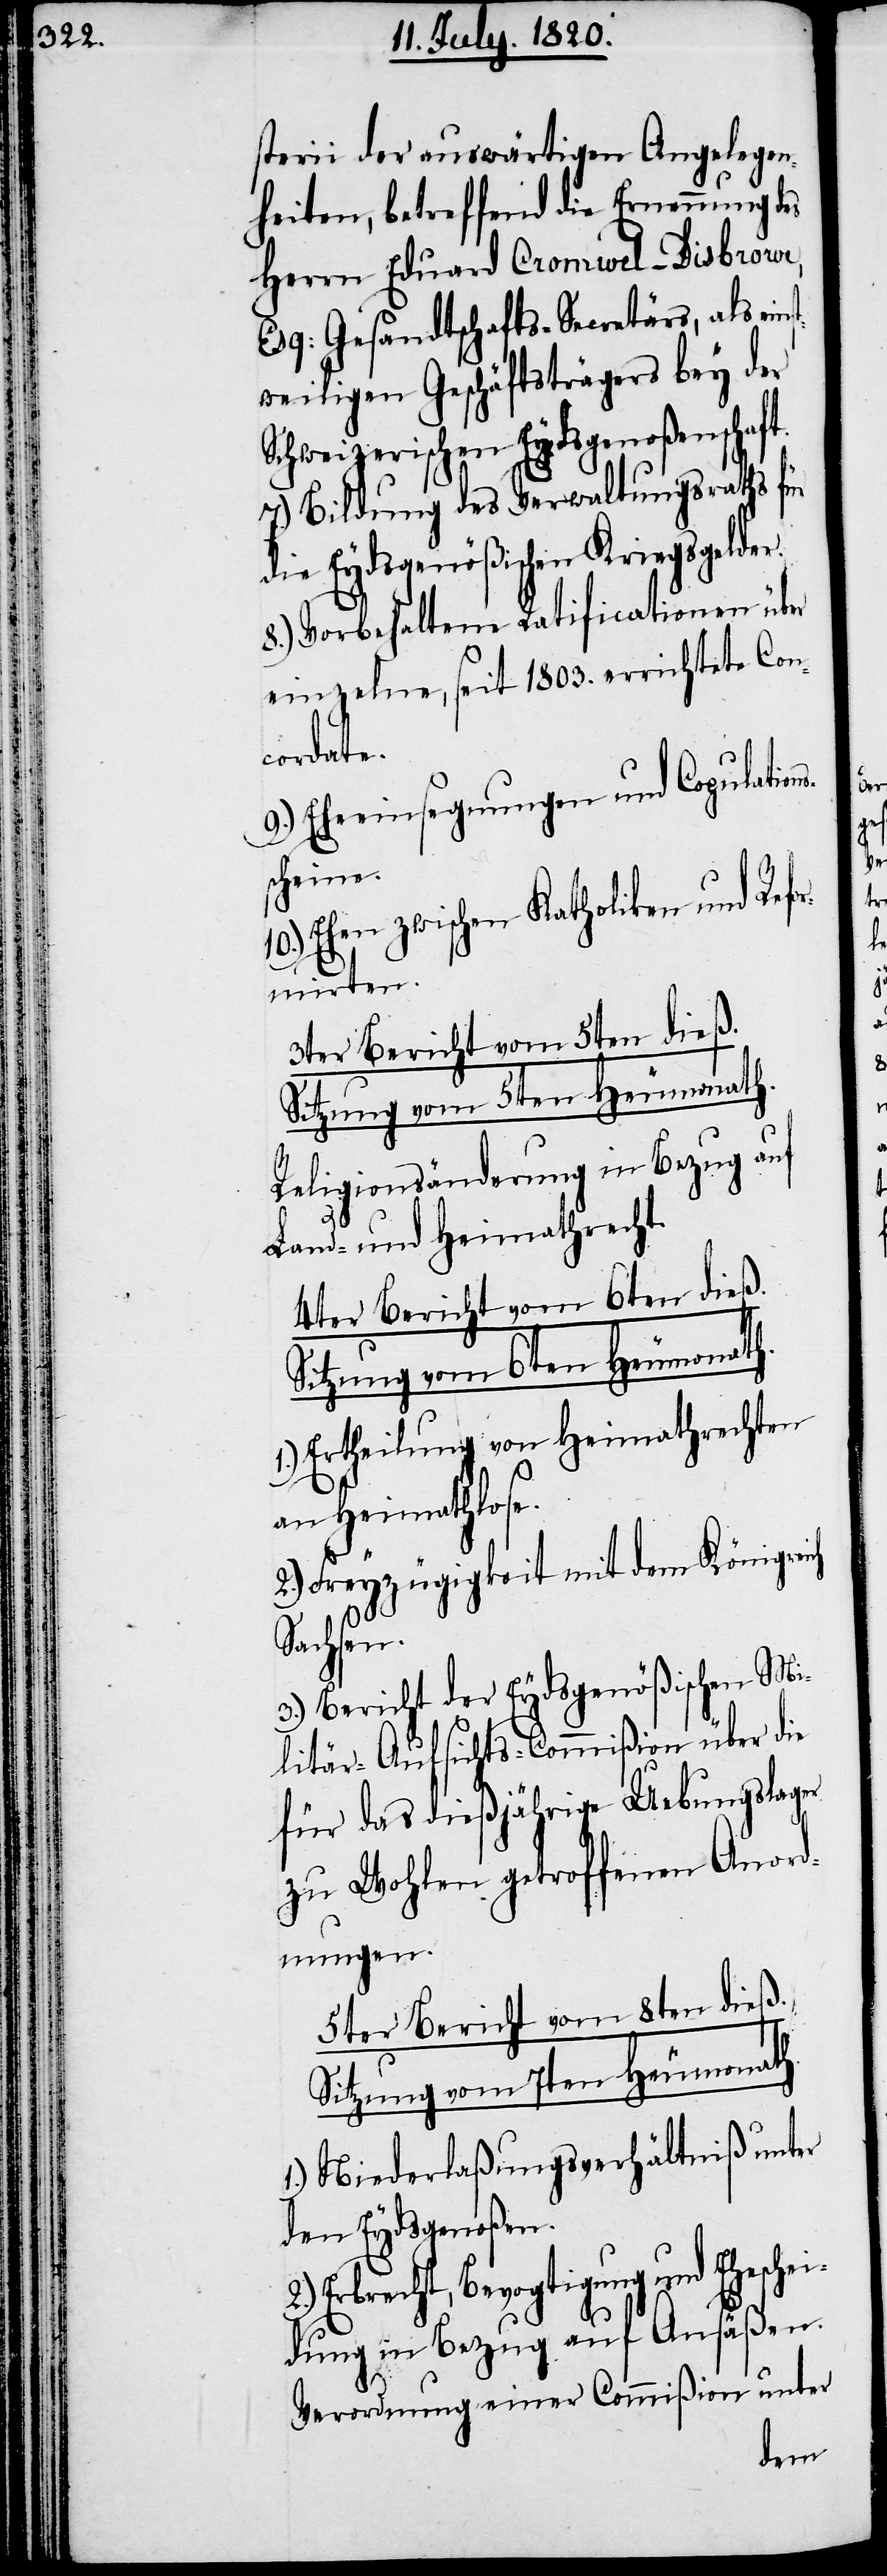
sterii der auswärtigen Angelegen¬
heiten, betreffend die Erneuerung des
Herrn Eduard Cromwel-Disbrowe,
Esq: Gesandtschafts-Secretärs, als eins¬
tweiligen Geschäftsträgers bey der
Schweizerischen Eydsgenoßenschaft.
7.) Bildung des Verwaltungsraths für
die Eydsgenößischen Kriegsgelder.
8.) Vorbehaltene Ratificationen über
einzelne, seit 1803. errichtete Con¬
9.) Eheeinsegnungen und Copulations¬
scheine.
10.) Ehen zwischen Katholiken und Refo¬
rmirten.
3ter Bericht vom 5ten dieß.
Sitzung vom 5ten Heumonath.
Religionsänderung in Bezug auf
Land- und Heimathrecht.
4ter Bericht vom 6ten dieß.
Sitzung vom 6ten Heumonath.
1.) Ertheilung von Heimathrechten
an Heimathlose.
2.) Freyzügigkeit mit dem Königreich
Sachsen.
3.) Bericht der Eydsgenößischen Mi¬
litär-Aufsichts-Commißion über die
für das dießjährige Uebungslager
zu Wohlen getroffenen Anord¬
nungen.
5ter Bericht vom 8ten dieß.
Sitzung vom 7ten Heumonath.
1.) Niederlaßungsverhältniß unter
den Eydsgenoßen.
Erbrecht, Bevogtigung und Ehesche¬
idung in Bezug auf Ansäßen.
Verordnung einer Commißion unter